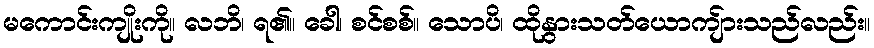
မကောင်းကျိုးကို။ လဘိ၊ ရ၏။ ခေါ၊ စင်စစ်။ သောပိ၊ ထိုနွားသတ်ယောကျ်ားသည်လည်း။